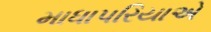
માધાપરિયાએ